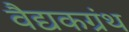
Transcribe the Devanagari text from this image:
वैद्यकग्रंथ